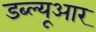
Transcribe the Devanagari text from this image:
डब्‍ल्‍यूआर